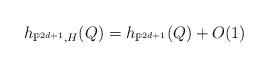
LaTeX: \begin{align*}{} h_{\mathbb{P}^{2d+1},H}(Q)=h_{\mathbb{P}^{2d+1}}(Q)+O(1)\end{align*}